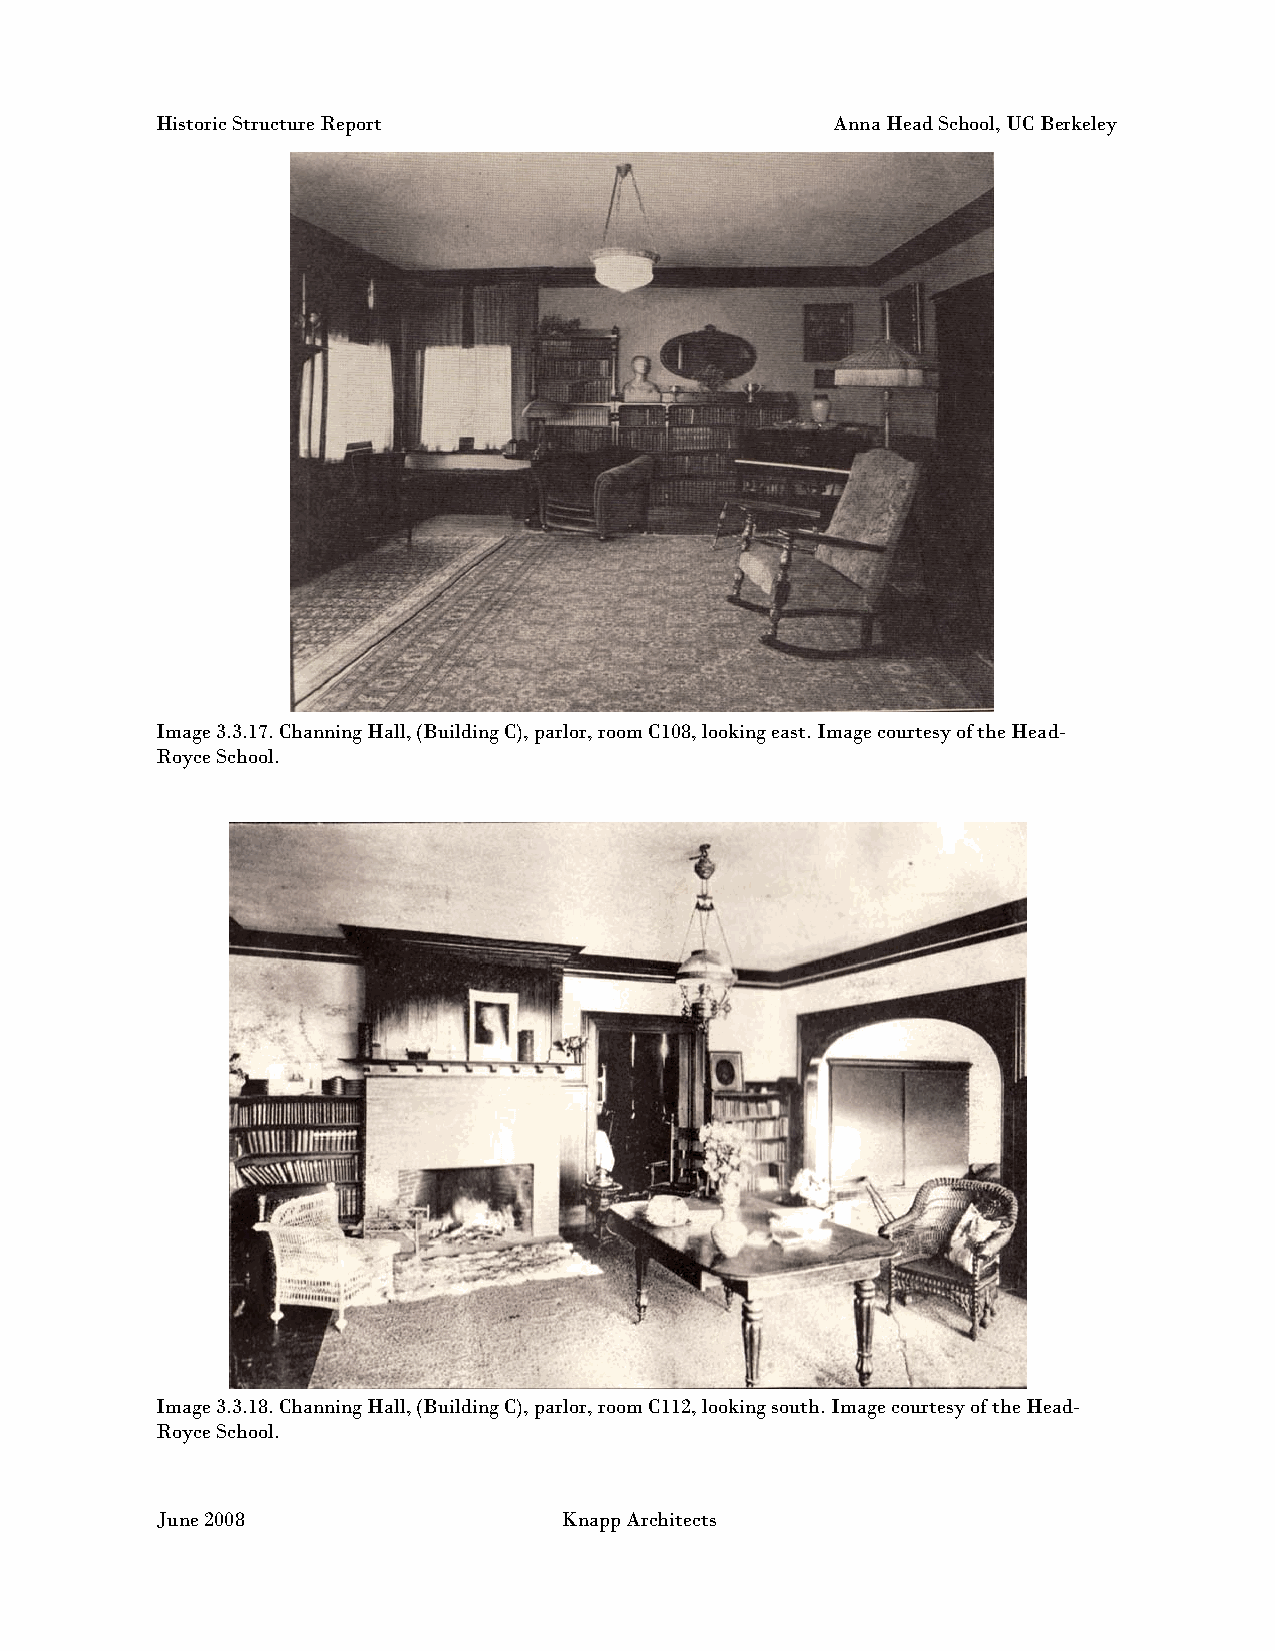
Historic Structure Report                    Anna Head School, UC Berkeley
 Image 3.3.17. Channing Hall, (Building C), parlor, room C108, looking east. Image courtesy of the Head-
 Royce School.
 Image 3.3.18. Channing Hall, (Building C), parlor, room C112, looking south. Image courtesy of the Head-
 Royce School.
 June 2008                  Knapp Architects